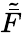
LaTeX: \tilde{\bar{F}}